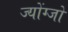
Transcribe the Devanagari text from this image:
ज्योंग्जो